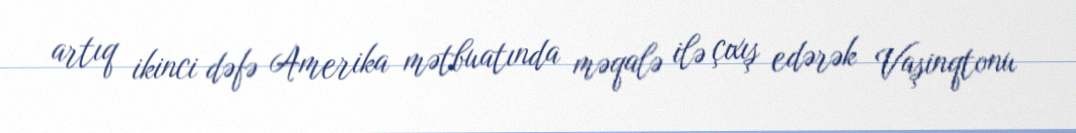
artıq ikinci dəfə Amerika mətbuatında məqalə ilə çıxış edərək Vaşinqtonu